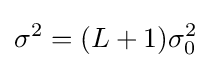
\sigma ^{2}=(L+1)\sigma _{0}^{2}